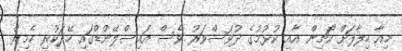
މިއާ ހިލާފަށް ކޯޗިން އާއި ކުޅުމުގެ ދުވަސްވަރު ވެސް އައިސްލޭންޑްގައި ހޭދަކުރި ހެމިރް